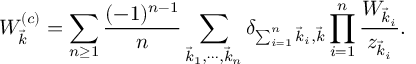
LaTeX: W _ { \vec { k } } ^ { ( c ) } = \sum _ { n \ge 1 } { \frac { ( - 1 ) ^ { n - 1 } } { n } } \sum _ { \vec { k } _ { 1 } , \cdots , \vec { k } _ { n } } \delta _ { \sum _ { i = 1 } ^ { n } \vec { k } _ { i } , \vec { k } } \prod _ { i = 1 } ^ { n } { \frac { W _ { \vec { k } _ { i } } } { z _ { \vec { k } _ { i } } } } .